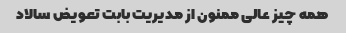
همه چیز عالی ممنون از مدیریت بابت تعویض سالاد